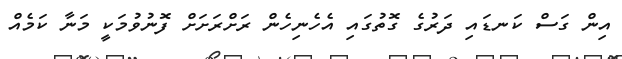
އިން ގަސް ކަނޑައި ދަރުގެ ގޮތުގައި އެހެނިހެން ރަށްރަށަށް ފޮނުވުމަކީ މަނާ ކަމެއް